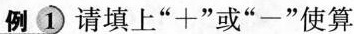
列1请填上”+”或”-”使算